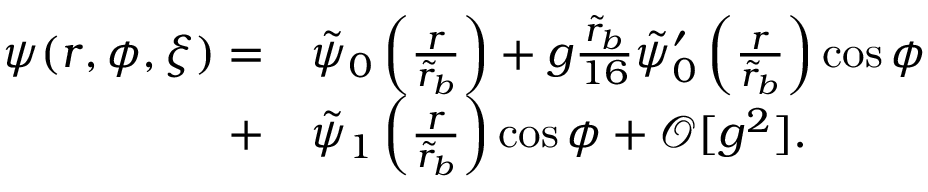
\begin{array} { r l } { \psi ( r , \phi , \xi ) = } & { \tilde { \psi } _ { 0 } \left( \frac { r } { \tilde { r } _ { b } } \right) + g \frac { \tilde { r } _ { b } } { 1 6 } \tilde { \psi } _ { 0 } ^ { \prime } \left( \frac { r } { \tilde { r } _ { b } } \right) \cos \phi } \\ { + } & { \tilde { \psi } _ { 1 } \left( \frac { r } { \tilde { r } _ { b } } \right) \cos \phi + \mathcal { O } [ g ^ { 2 } ] . } \end{array}